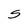
Character: S